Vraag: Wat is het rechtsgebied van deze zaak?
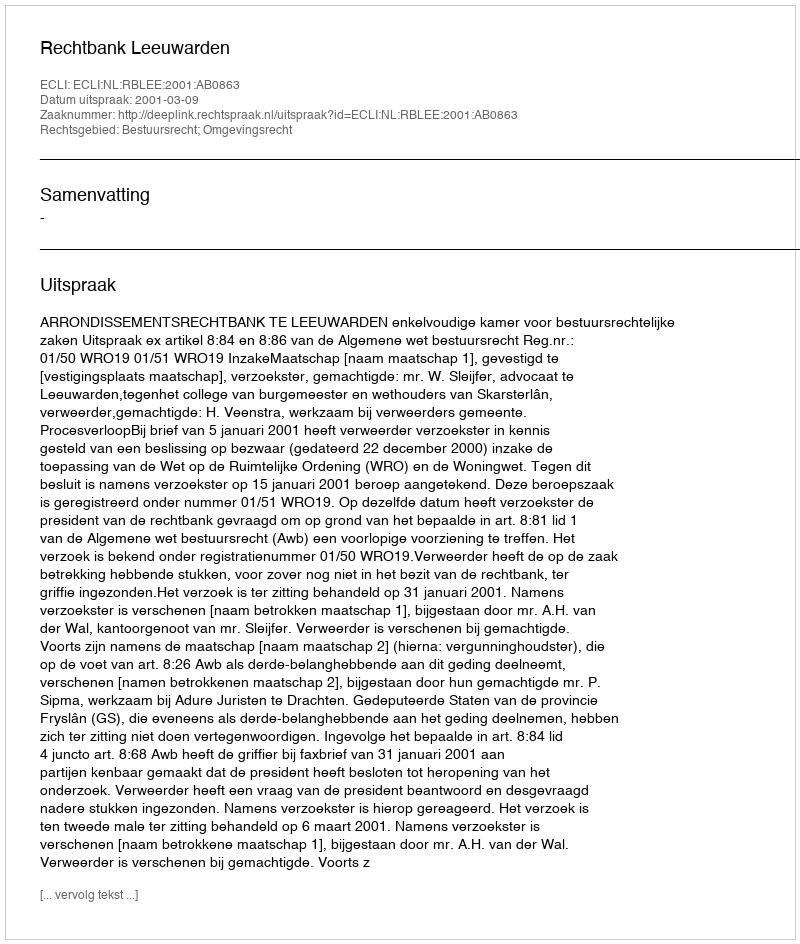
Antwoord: Bestuursrecht; Omgevingsrecht